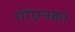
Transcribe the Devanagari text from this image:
गोएनका